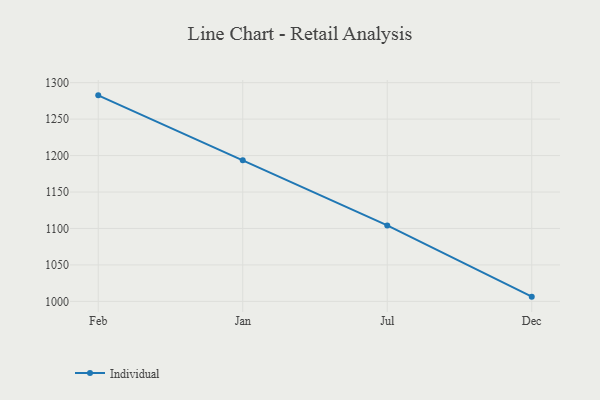
{"axis": {"x": "Month", "y": "Bounce Rate (%)"}, "legend": ["Individual"], "data": [{"x": "Feb", "y": 1282.6, "type": "Individual"}, {"x": "Jan", "y": 1193.7, "type": "Individual"}, {"x": "Jul", "y": 1104.2, "type": "Individual"}, {"x": "Dec", "y": 1006.5, "type": "Individual"}]}